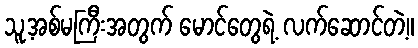
သူ့အစ်မကြီးအတွက် မောင်တွေရဲ့ လက်ဆောင်တဲ့။